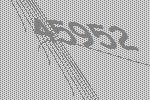
45952